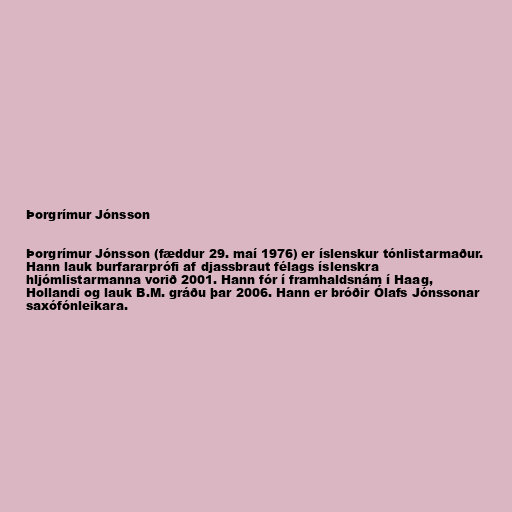
Þorgrímur Jónsson

Þorgrímur Jónsson (fæddur 29. maí 1976) er íslenskur tónlistarmaður.
Hann lauk burfararprófi af djassbraut félags íslenskra
hljómlistarmanna vorið 2001. Hann fór í framhaldsnám í Haag,
Hollandi og lauk B.M. gráðu þar 2006. Hann er bróðir Ólafs Jónssonar
saxófónleikara.